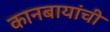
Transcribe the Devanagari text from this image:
कानबायांची